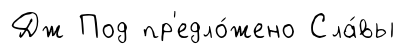
Дж Под пр'едло́жено Сла́вы